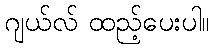
ဂျယ်လ် ထည့်ပေးပါ။